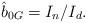
LaTeX: \begin{align*}\hat b_{0G}=I_n/I_d. \end{align*}